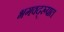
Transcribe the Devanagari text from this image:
भगवद्‌रूपात